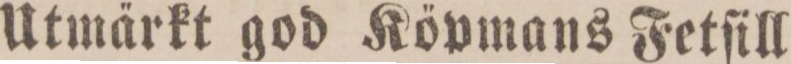
Utmärkt god Köpmans Fetſill,